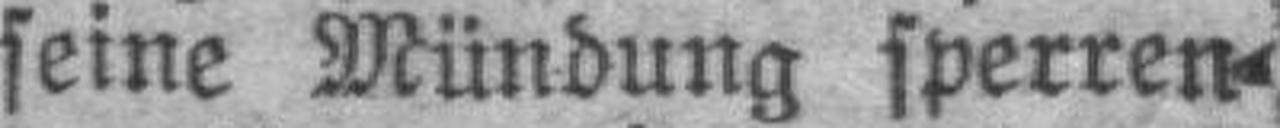
seine Mündung sperren¬